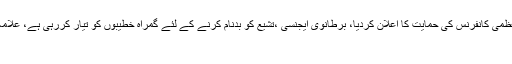
شعبہ اطلاعات تاریخ: 28 جولائی 2017 شیعہ علما کونسل نے بشارت عظمیٰ کانفرنس کی حمایت کا اعلان کردیا، برطانوی ایجنسی ،تشیع کو بدنام کرنے کے لئے گمراہ خطیبوں کو تیار کررہی ہے، علامہ سبطین سبزواری خودساختہ عقائد کا قرآن و حدیت اور مکتب اہل بیت …
موٹو گینگ قانون کے شکنجے میں۔